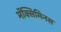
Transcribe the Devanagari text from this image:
मॅक्सिमिनस